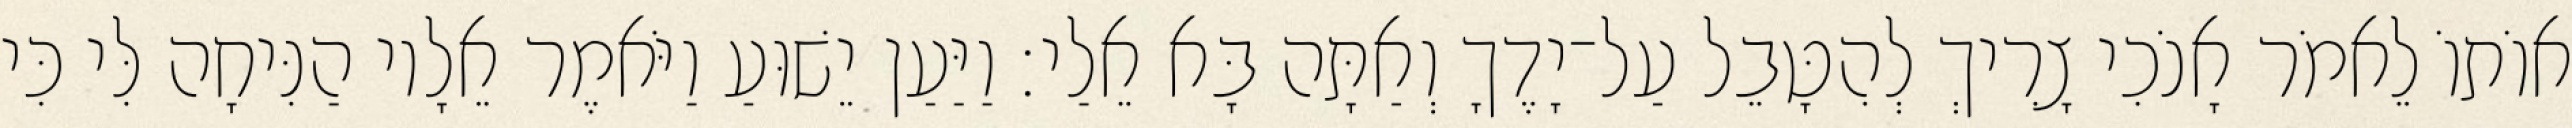
אוֹתוֹ לֵאמֹר אָנֹכִי צָרִיךְ לְהִטָּבֵל עַל־יָדֶךָ וְאַתָּה בָּא אֵלַי׃ וַיַּעַן יֵשׁוּעַ וַיֹּאמֶר אֵלָיו הַנִּיחָה לִּי כִּי